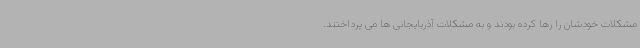
مشکلات خودشان را رها کرده بودند و به مشکلات آذربایجانی ها می پرداختند.